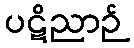
ပဋိညာဉ်